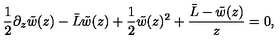
{ \frac { 1 } { 2 } } \partial _ { z } \tilde { w } ( z ) - { \bar { L } } \tilde { w } ( z ) + { \frac { 1 } { 2 } } \tilde { w } ( z ) ^ { 2 } + { \frac { { \bar { L } } - \tilde { w } ( z ) } { z } } = 0 ,